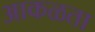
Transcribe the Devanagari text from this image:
आकळता